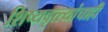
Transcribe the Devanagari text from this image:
शिष्यवृत्त्यांचाही